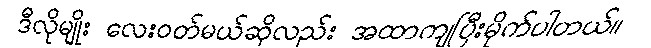
ဒီလိုမျိုး လေးဝတ်မယ်ဆိုလည်း အထာကျပြီးမိုက်ပါတယ်။